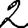
Digit: 2